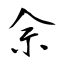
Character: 佘